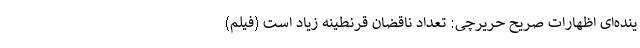
ینده‌ای اظهارات صریح حریرچی: تعداد ناقضان قرنطینه زیاد است (فیلم)